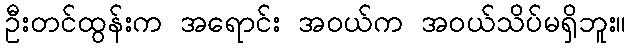
ဦးတင်ထွန်းက အရောင်း အဝယ်က အဝယ်သိပ်မရှိဘူး။